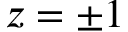
z = \pm 1